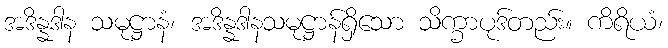
အဒိန္နဒါန သမုဋ္ဌာနံ၊ အဒိန္နဒါနသမုဋ္ဌာန်ရှိသော သိက္ခာပုဒ်တည်း။ ကိရိယံ၊